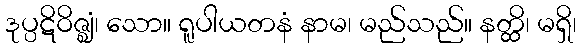
ဒုပ္ပဋိဝိဇ္ဈံ၊ သော။ ရူပါယတနံ နာမ၊ မည်သည်။ နတ္ထိ၊ မရှိ၊